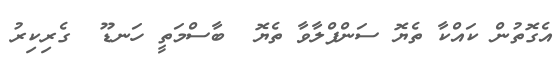
އެގޮތުން ކައްކާ ތެޔޮ ސަންފްލާވާ ތެޔޮ  ބާސްމަތީ ހަނޑޫ  ގެރިކިރު